Calcutta medical institutions reports 1892-1900
Year: 1892
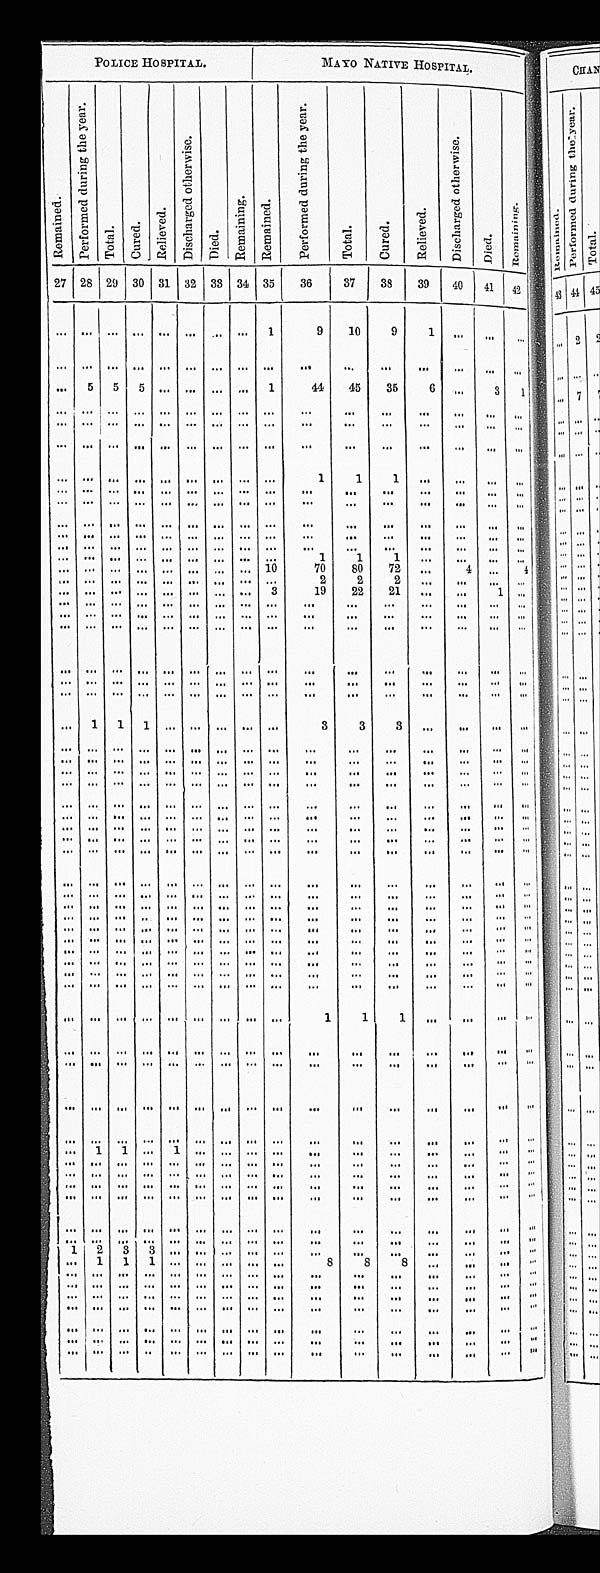
POLICE HOSPITAL.
MAYO NATIVE HOSPITAL.
Remai ned.
P e r f o r m e d d u r i n g t h e y e a r .
Total.
Cur ed.
Re l i e v e d .
D i s c h a r g e d o t h e r w i s e .
Di e d .
Re ma i n i n g .
R e ma i n e d .
P e r f o r m e d d u r i n g t h e y e a r .
Total.
Cured.
Rel i eved.
D i s c h a r g e d o t h e r w i s e .
Di ed.
Remai ni ng.
27 28 29 30 31 32 33 34 35
36
37
38
39
4 0
4 1 42
. . .
. . .
. . .
. . .
. . .
. . .
. . .
. . .
1
9
10
9
1
. . .
. . .
. . .
. . .
. . .
. . .
. . .
. . .
. . .
. . .
. . .
. . .
. . .
. . .
. . .
. . .
. . .
. . .
. . .
. . . 5
5
5
. . .
. . .
. . .
. . . 1
44
45
35
6
. . .
3 1
. . .
. . .
. . .
. . .
. . .
. . .
. . .
. . .
. . .
. . .
. . .
. . .
. . .
. . .
. . . . . .
. . .
. . .
. . .
. . .
. . .
. . .
. . .
. . .
. . .
. . .
. . .
. . .
. . .
. . .
. . . . . .
. . .
. . .
. . .
. . .
. . .
. . .
. . .
. . .
. . .
. . .
. . .
. . .
. . .
. . .
. . . . . .
. . .
. . .
. . .
. . .
. . .
. . .
. . .
. . .
. . .
1
1
1
. . .
. . .
. . . . . .
. . .
. . .
. . .
. . .
. . .
. . .
. . .
. . .
. . .
. . .
. . .
. . .
. . .
. . .
. . .
. . .
. . .
. . .
. . .
. . .
. . .
. . .
. . .
. . .
. . .
. . .
. . .
. . .
. . .
. . .
. . . . . .
. . .
. . .
. . .
. . .
. . .
. . .
. . .
. . .
. . .
. . .
. . .
. . .
. . .
. . .
. . . . . .
. . .
. . .
. . .
. . .
. . .
. . .
. . .
. . .
. . .
. . .
. . .
. . .
. . .
. . . . . .
. . .
. . .
. . .
. . .
. . .
. . .
. . .
. . .
. . .
. . .
. . .
. . .
. . .
. . .
. . . . . .
. . .
. . .
. . .
. . .
. . .
. . .
. . .
. . .
. . .
. . .
1
1
1
. . .
. . . . . .
. . .
. . .
. . .
. . .
. . .
. . .
. . .
. . .
. . . 10
70
80
72
. . .
4
. . .
4
. . .
. . .
. . .
. . .
. . .
. . .
. . .
. . .
. . .
2
2 2
. . .
. . . . . . . . .
. . .
. . .
. . .
. . .
. . .
. . .
. . .
. . .
3
19
22
21
. . .
. . .
1 . . .
. . .
. . .
. . .
. . .
. . .
. . .
. . .
. . .
. . .
. . .. . .
. . .
. . .
. . .
. . . . . .
. . .
. . .
. . .
. . .
. . .
. . .
. . .
. . .
. . .
. . .. . .
. . .
. . .
. . .
. . . . . .
. . .
. . .
. . .
. . .
. . .
. . .
. . .
. . .
. . .
. . .
. . .
. . .
. . .
. . .
. . .
. . .
. . .
. . .
. . .
. . .
. . .
. . .
. . .
. . .
. . .
. . .
. . .
. . .
. . .
. . . . . . . . .
. . .
. . .
. . .
. . .
. . .
. . .
. . .
. . .
. . .
. . .
. . .
. . .
. . .
. . . . . . . . .
. . .
. . .
. . .
. . .
. . .
. . .
. . .
. . .
. . .
. . . . . .
. . .
. . .
. . . . . . . . .
. . .
1
1
1
. . .
. . .
. . .
. . .
. . .
3
3 3
. . .
. . . . . . . . .
. . .
. . .
. . .
. . .
. . .
. . .
. . .
. . .
. . .
. . .
. . . . . .
. . .
. . . . . . . . .
. . .
. . .
. . .
. . .
. . .
. . .
. . .
. . .
. . .
. . .
. . . . . .
. . .
. . . . . . . . .
. . .
. . .
. . .
. . .
. . .
. . .
. . .
. . .
. . .
. . .
. . . . . .
. . .
. . . . . . . . .
. . .
. . .
. . .
. . .
. . .
. . .
. . .
. . .
. . .
. . .
. . . . . .
. . .
. . . . . . . . .
. . .
. . .
. . .
. . .
. . .
. . .
. . .
. . .
. . .
. . .
. . . . . .
. . .
. . . . . . . . .
. . .
. . .
. . .
. . .
. . .
. . .
. . .
. . .
. . .
. . .
. . . . . .
. . .
. . . . . . . . .
. . .
. . .
. . .
. . .
. . .
. . .
. . .
. . .
. . .
. . .
. . . . . .
. . .
. . .
. . .
. . .
. . .
. . .
. . .
. . .
. . .
. . .
. . .
. . .
. . .
. . .
. . .
. . .
. . .
. . .
. . .
. . .
. . .
. . .
. . .
. . .
. . .
. . .
. . .
. . .
. . .
. . . . . .
. . .
. . .
. . . . . . . . .
. . .
. . .
. . .
. . .
. . .
. . .
. . .
. . .
. . .
. . .
. . .
. . .
. . .
. . . . . .
. . .
. . .
. . .
. . .
. . .
. . .
. . .
. . .
. . .
. . .
. . .
. . .
. . .
. . .
. . . . . .
. . .
. . .
. . .
. . .
. . .
. . .
. . .
. . .
. . .
. . .
. . . . . .
. . .
. . .
. . . . . .
. . .
. . .
. . .
. . .
. . .
. . .
. . .
. . .
. . .
. . .
. . .
. . .
. . .
. . .
. . .
. . .
. . .
. . .
. . .
. . .
. . .
. . .
. . .
. . .
. . .
. . .
. . . . . .
. . .
. . .
. . .
. . .
. . .
. . .
. . .
. . .
. . .
. . .
. . .
. . .
. . .
. . .
. . . . . .
. . .
. . .
. . . . . .
. . .
. . .
. . .
. . .
. . .
. . .
. . .
. . .
. . .
. . .
. . .
. . .
. . .
. . .
. . .
. . .
. . .
. . .
. . .
. . .
. . .
. . .
. . .
. . .
. . .
. . .
. . .
. . . . . .
. . .
. . . . . .
. . .
. . .
. . .
. . .
. . .
. . .
. . .
. . .
. . .
. . .
. . . . . .
. . .
. . .
. . . . . .
. . .
. . .
. . .
. . .
. . .
. . .
. . .
. . .
. . .
. . .
. . . . . .
. . .
. . .
. . .
. . .
. . .
. . .
. . .
. . .
. . .
. . .
. . .
. . .
. . .
. . .
1
1
1
. . .
. . .
. . .
. . .
. . .
. . .
. . .
. . .
. . .
. . .
. . .
. . .
. . .
. . .
. . .
. . .
. . .
. . . . . .
. . .
. . .
. . .
. . .
. . .
. . .
. . .
. . .
. . .
. . .
. . .
. . .
. . .
. . .
. . . . . .
. . .
. . .
. . .
. . .
. . .
. . .
. . .
. . .
. . .
. . .
. . .
. . .
. . .
. . .
. . .
. . .
. . .
. . .
. . .
. . .
. . .
. . .
. . .
. . .
. . .
. . .
. . .. . .
. . .
. . .
. . . . . .
. . .
. . .
1
1
. . .
1
. . .
. . .
. . .
. . .
. . .. . .
. . .
. . .
. . . . . .
. . .
. . .
. . .
. . .
. . .
. . .
. . .
. . .
. . .
. . .
. . .. . .
. . .
. . .
. . . . . .
. . .
. . .
. . .
. . .
. . .
. . .
. . .
. . .
. . .
. . .
. . .. . .
. . .
. . .
. . . . . .
. . .
. . .
. . .
. . .
. . .
. . .
. . .
. . .
. . .
. . .
. . .. . .
. . .
. . .
. . .
. . .
. . .
. . .
. . .
. . .
. . .
. . .
. . .
. . .
. . .
. . .
. . .. . .
. . .
. . .
. . .
. . . . . .
. . .
. . .
. . .
. . .
. . .
. . .
. . .
. . .
. . .
. . .. . .
. . .
. . .
. . .
. . .
. . .
. . .
. . .
. . .
. . .
. . .
. . .
. . .
. . .
. . .
. . .. . .
. . .
. . .
. . . . . .
. . .
1
2
3
3
. . .
. . .
. . .
. . .
. . .
. . .. . .
. . .
. . .
. . . . . .
. . .
. . .
1
1
1
. . .
. . .
. . .
. . .
. . .
8
8
8
. . .
. . .
. . .
. . .
. . .
. . .
. . .
. . .
. . .
. . .
. . .
. . .
. . .
. . .. . .
. . .
. . .
. . . . . .
. . .
. . .
. . .
. . .
. . .
. . .
. . .
. . .
. . .
. . .
. . .. . .
. . .
. . .
. . . . . .
. . .
. . .
. . .
. . .
. . .
. . .
. . .
. . .
. . .
. . .
. . .. . .
. . .
. . .
. . .
. . .
. . .
. . .
. . .
. . .
. . .
. . .
. . .
. . .
. . .
. . .
. . .. . .
. . .
. . .
. . . . . .
. . .
. . .
. . .
. . .
. . .
. . .
. . .
. . .
. . .
. . .
. . .. . .
. . .
. . .
. . . . . .
. . .
. . .
. . .
. . .
. . .
. . .
. . .
. . .
. . .
. . .
. . .. . .
. . .
. . .
. . .
. . . . . .
. . .
. . .
. . .
. . .
. . .
. . .
. . .
. . .
. . .
. . .. . .
. . .
. . .
. . .. . .
. . .